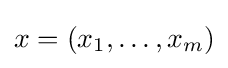
{\textstyle x=(x_{1},\ldots ,x_{m})}